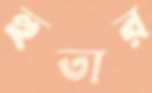
হুতার